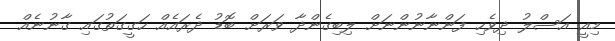
މިއީ އަސްލު ދިވެހި ފަންނާނުންނަށް ލިބިގެންދާ ވަރަށް ބޮޑު ދެރައެއް ހަގީގަތުގައި ގާނުނެއް